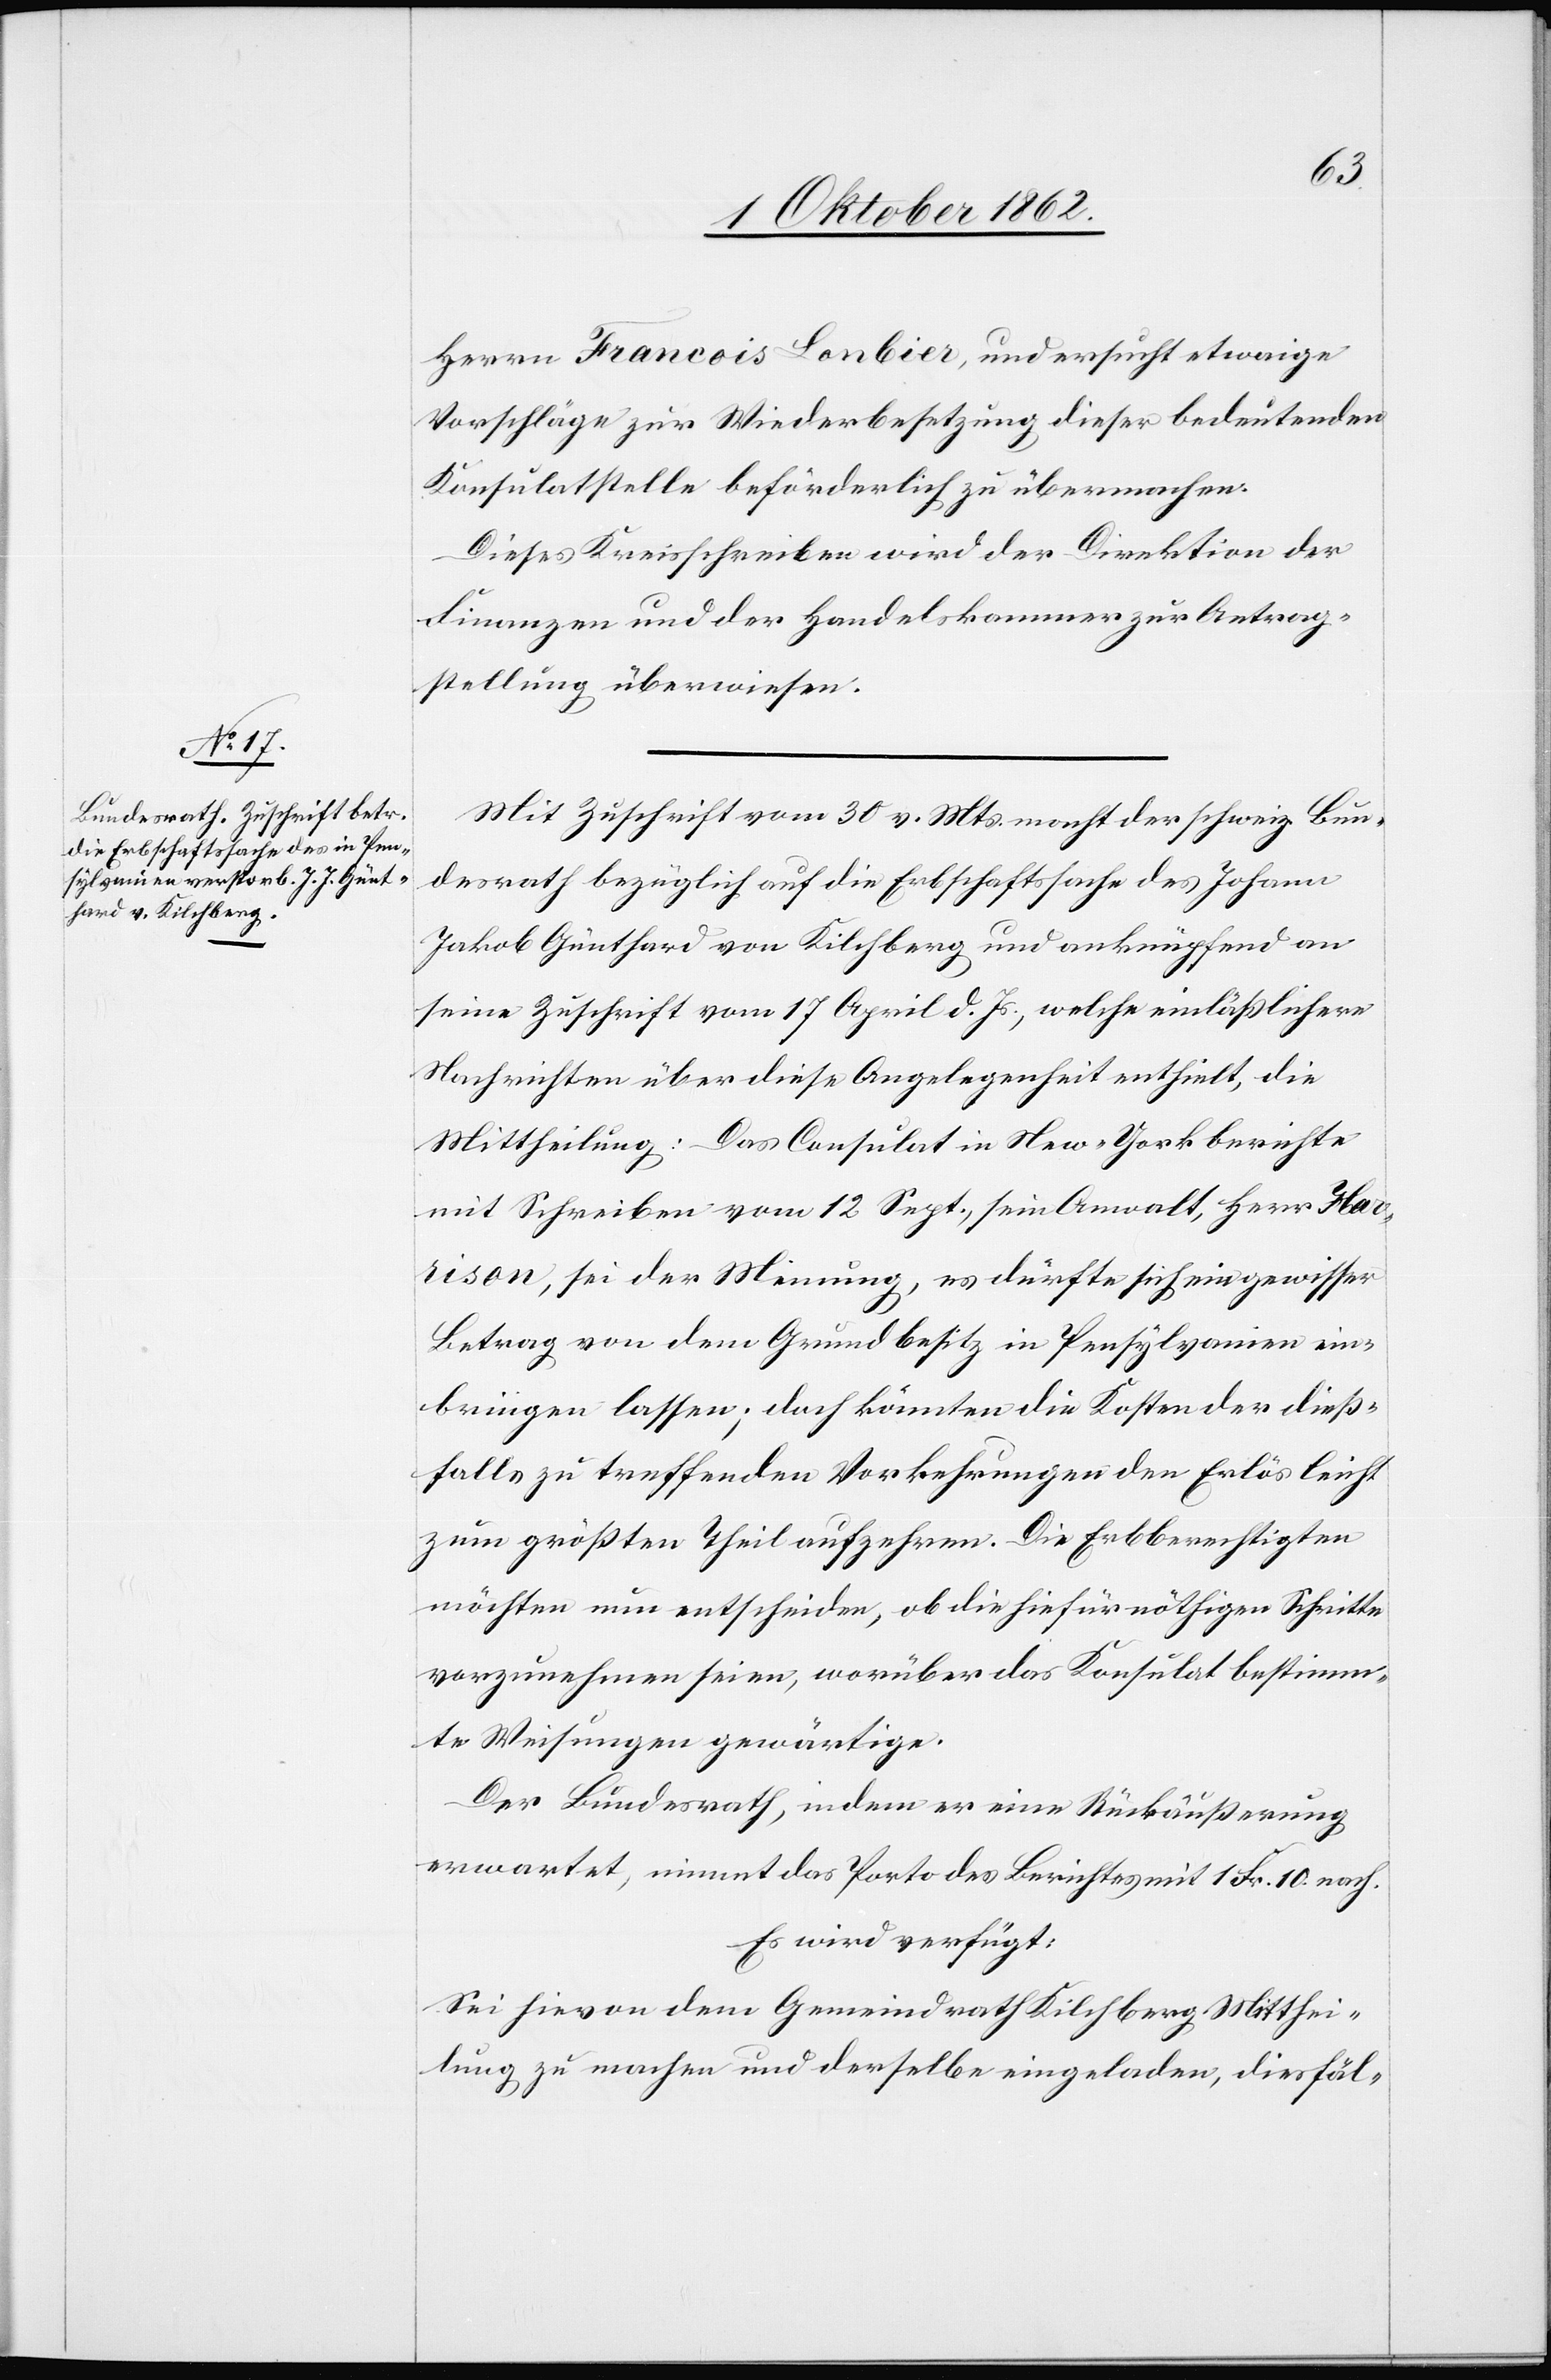
2. Oktober 1862.]
Herrn Francois Lonbier, und ersucht etwaige
Vorschläge zur Wiederbesetzung dieser bedeutenden
Konsulatstelle beförderlich zu übernehmen.
Dieses Kreisschreiben wird der Direktion der
Finanzen und der Handelskammer zur Antrag¬
stellung überwiesen.
Mit Zsuchrift vom 30. v. Mts. macht der schweiz. Bun¬
desrath bezüglich auf die Erbschaftssache des Johann
Jakob Günthard von Kilchberg und anknüpfend an
seine Zuschrift vom 17. April d. Js., welche einläßlichere
Nachrichten über diese Angelegenheit enthielt, die
Mittheilung: Das Consulat in New-York berichtet
mit Schreiben vom 12. Sept., sein Anwalt, Herr Har¬
rison, sei der Meinung, es dürfte sich ein gewisser
Betrag von dem Grundbesitz in Pensylvanien ein¬
bringen lassen; doch könnten die Kosten der dieß¬
falls zu treffenden Vorkehrungen den Erlös leicht
zum größten Theil aufzehren. Die Erbberechtigten
möchten nun entscheiden, ob die hiefür nöthigen Schritte
vorzunehmen seien, worüber das Konsulat bestimm¬
te Weisungen gewärtige.
Der Bundesrath, indem er eine Rückäußerung
erwartet, nimmt das Porto des Berichtes mit 1 Fr. 10 nach.
Es wird verfügt:
Sei hievon dem Gemeindrath Kilchberg Mitthei¬
lung zu machen und derselbe eingeladen, diesfäl-